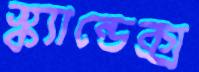
স্ক্যান্ডেক্স